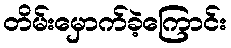
တိမ်းမှောက်ခဲ့ကြောင်း